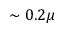
\sim 0 . 2 \mu